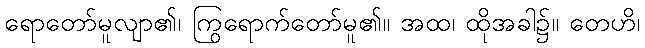
ရောတော်မူလျာ၏၊ ကြွရောက်တော်မူ၏။ အထ၊ ထိုအခါ၌။ တေဟိ၊